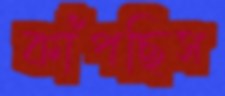
কাঁপছিস